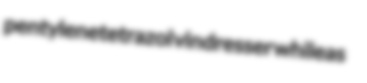
pentylenetetrazol vindresser whileas